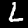
Label: 2